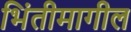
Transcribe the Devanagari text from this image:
भिंतीमागील